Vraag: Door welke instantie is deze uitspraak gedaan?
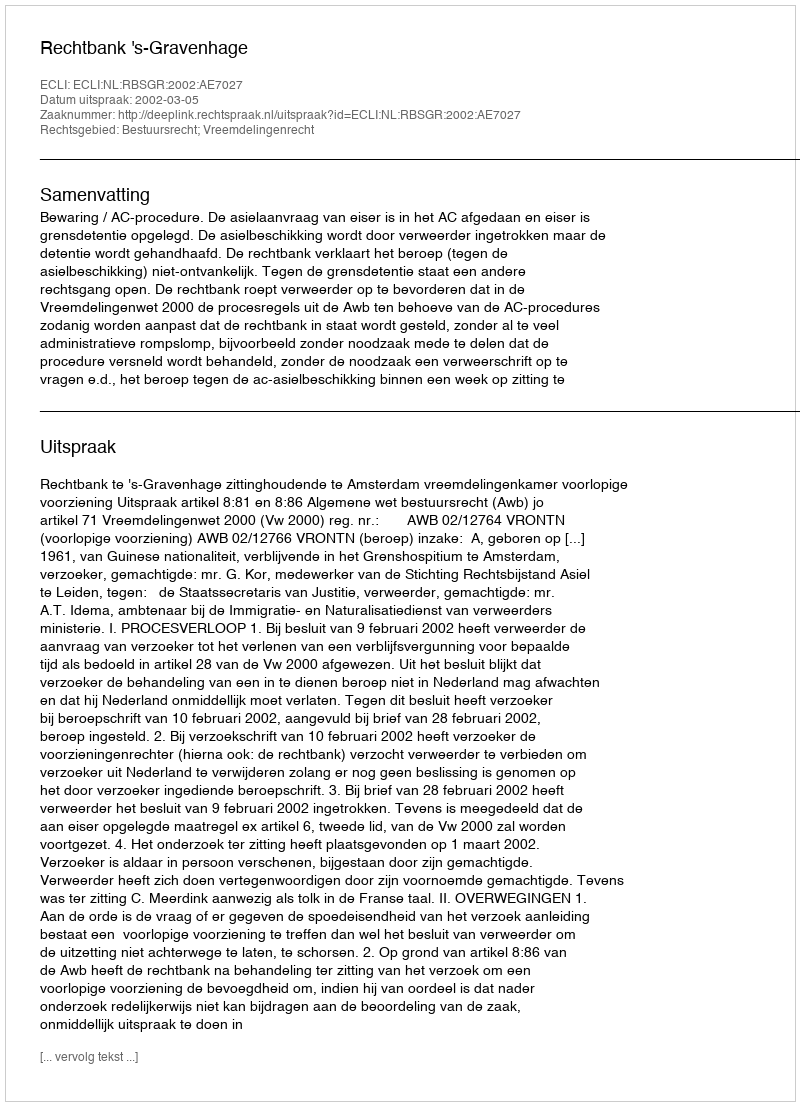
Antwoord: Rechtbank 's-Gravenhage